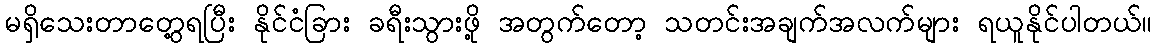
မရှိသေးတာတွေ့ရပြီး နိုင်ငံခြား ခရီးသွားဖို့ အတွက်တော့ သတင်းအချက်အလက်များ ရယူနိုင်ပါတယ်။